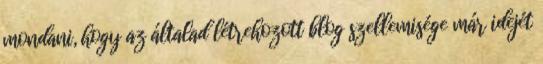
mondani, hogy az általad létrehozott blog szellemisége már idejét